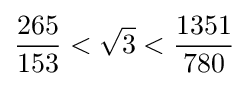
{\frac {265}{153}}<{\sqrt {3}}<{\frac {1351}{780}}